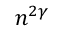
n ^ { 2 \gamma }